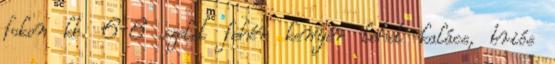
fokon kb. 6-8 szelet fehér kenyér lehet kalács, briós